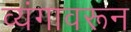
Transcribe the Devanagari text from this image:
व्यंगावरून